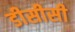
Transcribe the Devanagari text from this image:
डीसीसी